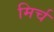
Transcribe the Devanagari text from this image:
मिर्च